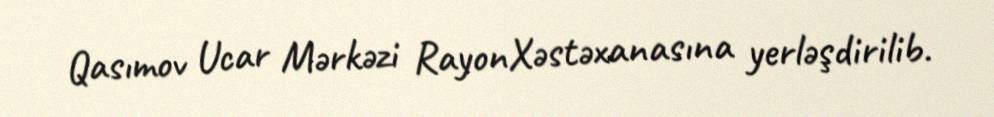
Qasımov Ucar Mərkəzi RayonXəstəxanasına yerləşdirilib.